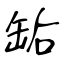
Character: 缿